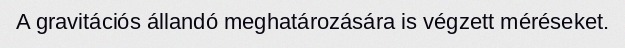
A gravitációs állandó meghatározására is végzett méréseket.